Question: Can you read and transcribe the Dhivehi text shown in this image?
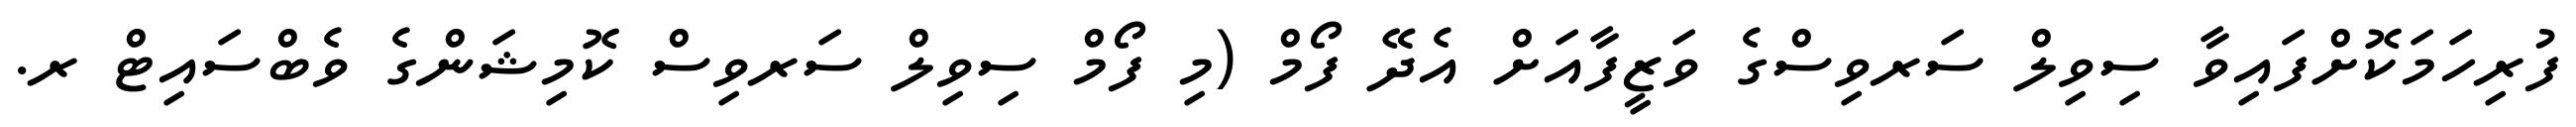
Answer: ފުރިހަމަކޮށްފައިވާ ސިވިލް ސަރވިސްގެ ވަޒީފާއަށް އެދޭ ފޯމް (މި ފޯމް ސިވިލް ސަރވިސް ކޮމިޝަންގެ ވެބްސައިޓް ރ.